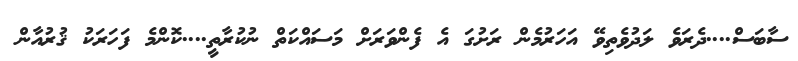
ސާބަސް....ދެރަވެ ލަދުވެތިވޭ އަހަރުމެން ރަށުގަ އެ ފެންވަރަށް މަސައްކަތް ނުކުރާތީ....ކޮންމެ ފަހަރަކު ޤުރުއާން